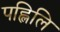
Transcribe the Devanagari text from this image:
पह्लिलि